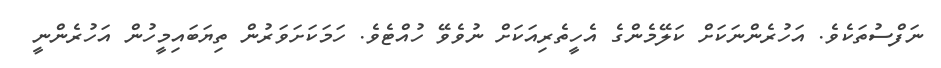
ނަފްސުތަކެވެ. އަހުރެންނަކަށް ކަލޭމެންގެ އެހީތެރިއަކަށް ނުވެވޭ ހުއްޓެވެ. ހަމަކަށަވަރުން ތިޔަބައިމީހުން އަހުރެންނީ